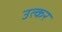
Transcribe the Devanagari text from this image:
उत्कर